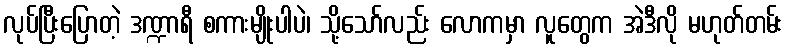
လုပ်ပြီးပြောတဲ့ ဒဏ္ဍာရီ စကားမျိုးပါပဲ၊ သို့သော်လည်း လောကမှာ လူတွေက အဲဒီလို မဟုတ်တမ်း